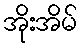
အိုးအိမ်